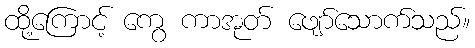
ထို့ကြောင့် ကွေ ကာအုတ် ဖျော်သောက်သည်။